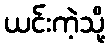
ယင်းကဲ့သို့